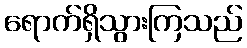
ရောက်ရှိသွားကြသည်